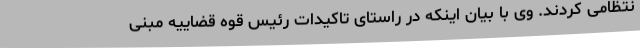
نتظامی کردند. وی با بیان اینکه در راستای تاکیدات رئیس قوه قضاییه مبنی